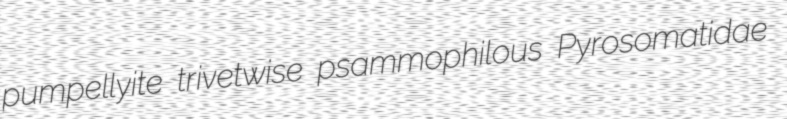
pumpellyite trivetwise psammophilous Pyrosomatidae